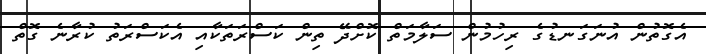
އެގޮތުން އުނަގަނޑުގެ ރިހުމުން ސަލާމަތް ކޮށްދޭ ތިން ކަސްރަތަކާއި އެކަސްރަތު ކުރާނެ ގޮތް